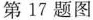
第17题图